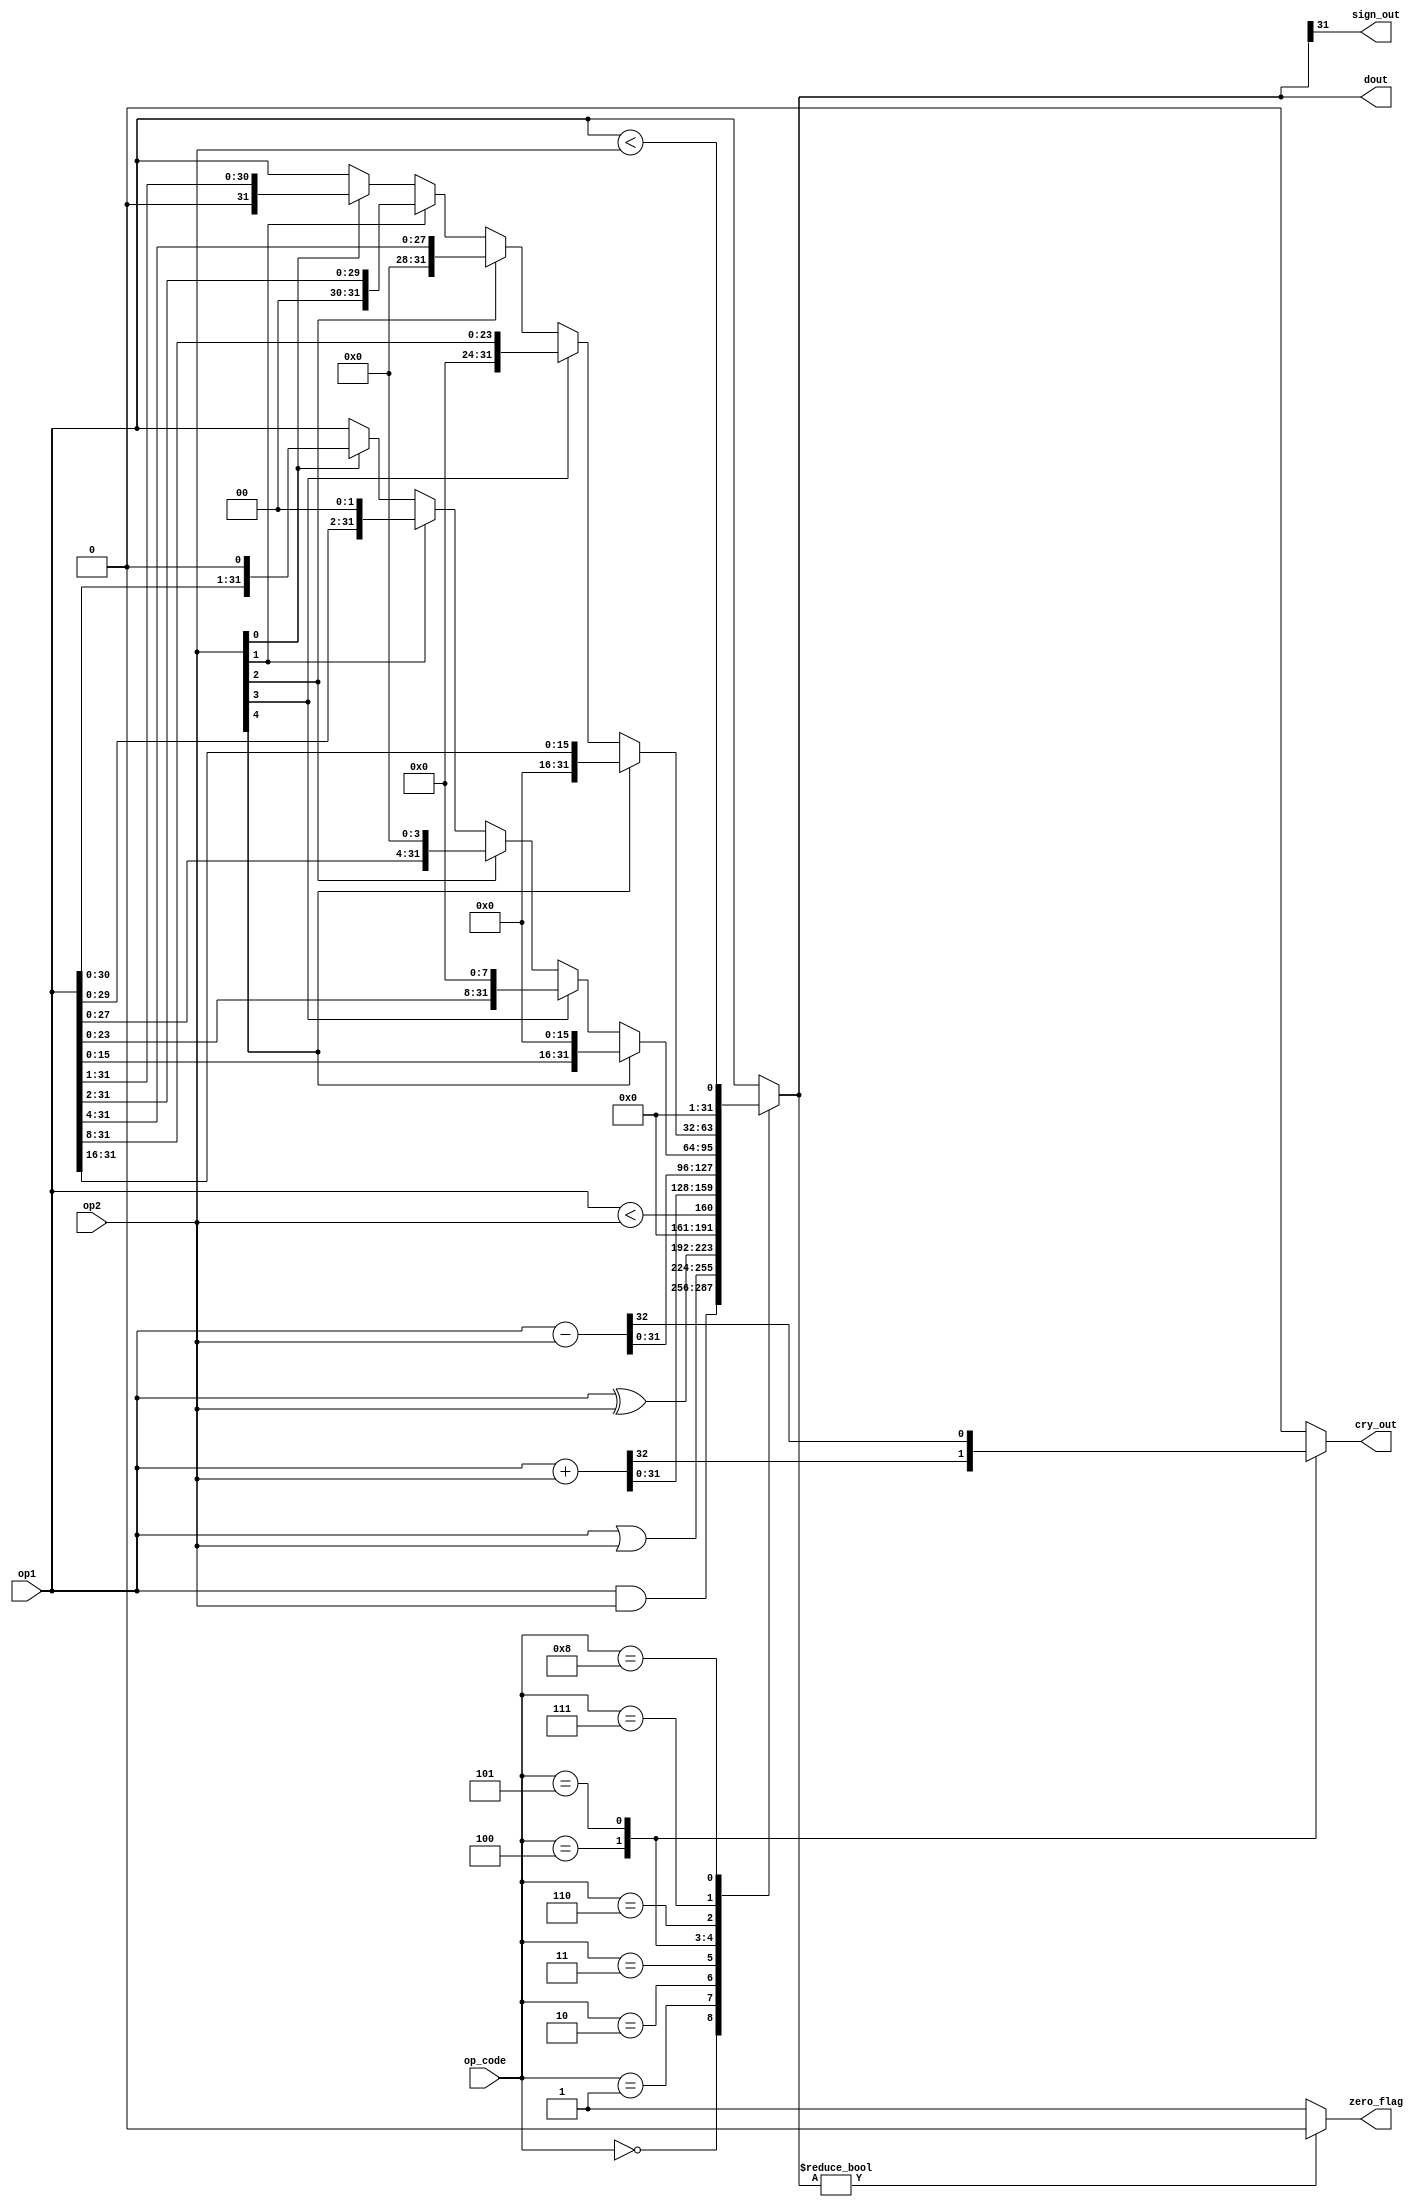
module ALU_RV32I #(parameter n = 32) 
	(input [n-1:0] op1, op2,
     input [3:0] op_code,
	 output reg [n-1:0] dout,
	 output zero_flag, sign_out,
	 output reg cry_out);
	

	wire [4:0] shift_amount = op2[4:0];
	wire [n-1:0] shift_l_1, shift_l_2, shift_l_4, shift_l_8, shift_l;
	wire [n-1:0] shift_r_1, shift_r_2, shift_r_4, shift_r_8, shift_r;
	
	
  always@(op1, op2, op_code, shift_l, shift_r) begin
		cry_out = 0;
		case (op_code)
			4'b0000: dout = op1 & op2;	// and
			4'b0001: dout = op1 | op2;	// or
			4'b0010: dout = op1 ^ op2;	// xor
			4'b0011: dout = $signed(op1) < $signed(op2) ;	//signed compares (less than) SLT
			4'b0100: {cry_out, dout} = op1 + op2;	// addition
			4'b0101: {cry_out, dout} = op1 - op2;	// subtraction
			4'b0110: dout = shift_l;	// 16-bit shift left
			4'b0111: dout = shift_r;	// 16-bit shift right
			4'b1000: dout = op1 < op2;	//unsigned compares (less than) SLTU
			default: dout = op1;	
		endcase	
	end
	
	assign shift_l_1 = shift_amount[0]? {op1[30:0],1'b0} : op1;
	assign shift_l_2 = shift_amount[1]? {op1[29:0],2'b00} : shift_l_1;
	assign shift_l_4 = shift_amount[2]? {op1[27:0],4'b0000} : shift_l_2;
	assign shift_l_8 = shift_amount[3]? {op1[23:0],8'b0000_0000} : shift_l_4;
	assign shift_l = shift_amount[4]? {op1[15:0],16'b0000_0000_0000_0000} : shift_l_8;
	
	assign shift_r_1 = shift_amount[0]? {1'b0,op1[31:1]} : op1;
	assign shift_r_2 = shift_amount[1]? {2'b00,op1[31:2]} : shift_r_1;
	assign shift_r_4 = shift_amount[2]? {4'b0000,op1[31:4]} : shift_r_2;
	assign shift_r_8 = shift_amount[3]? {8'b0000_0000,op1[31:8]} : shift_r_4;
	assign shift_r = shift_amount[4]? {16'b0000_0000_0000_0000,op1[31:16]} : shift_r_8;
		
	assign zero_flag = dout ? 0 : 1;
	assign sign_out = dout[31];

endmodule